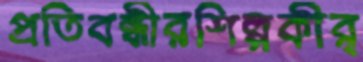
প্রতিবন্ধীরশিল্পকীর্